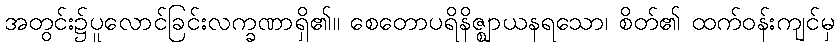
အတွင်း၌ပူလောင်ခြင်းလက္ခဏာရှိ၏။ စေတောပရိနိဇ္ဈာယနရသော၊ စိတ်၏ ထက်ဝန်းကျင်မှ